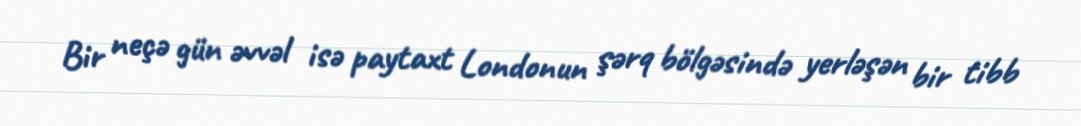
Bir neçə gün əvvəl isə paytaxt Londonun şərq bölgəsində yerləşən bir tibb